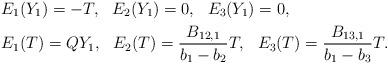
LaTeX: \begin{align*}&E_1(Y_1)=-T,~~E_2(Y_1)=0,~~E_3(Y_1)=0,\\&E_1(T)=QY_1,~~E_2(T)=\frac{B_{12,1}}{b_1-b_2}T,~~E_3(T)=\frac{B_{13,1}}{b_1-b_3}T.\end{align*}